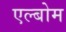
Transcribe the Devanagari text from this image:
एल्बोम